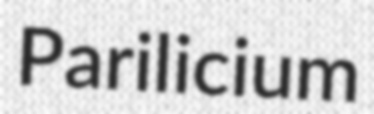
Parilicium